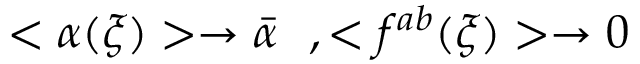
< \alpha ( \xi ) > \rightarrow \bar { \alpha } ~ ~ , < f ^ { a b } ( \xi ) > \rightarrow 0